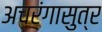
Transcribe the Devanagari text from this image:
अचरंगासुत्र